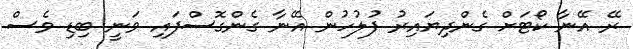
ރޭ އޭނާ ކޯޓަށް ގެންދިޔައިރު ފުލުހުން އޭނާ ގެންގޮސްފައި ވަނީ ބިޑި ވެސް